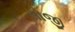
સોજી